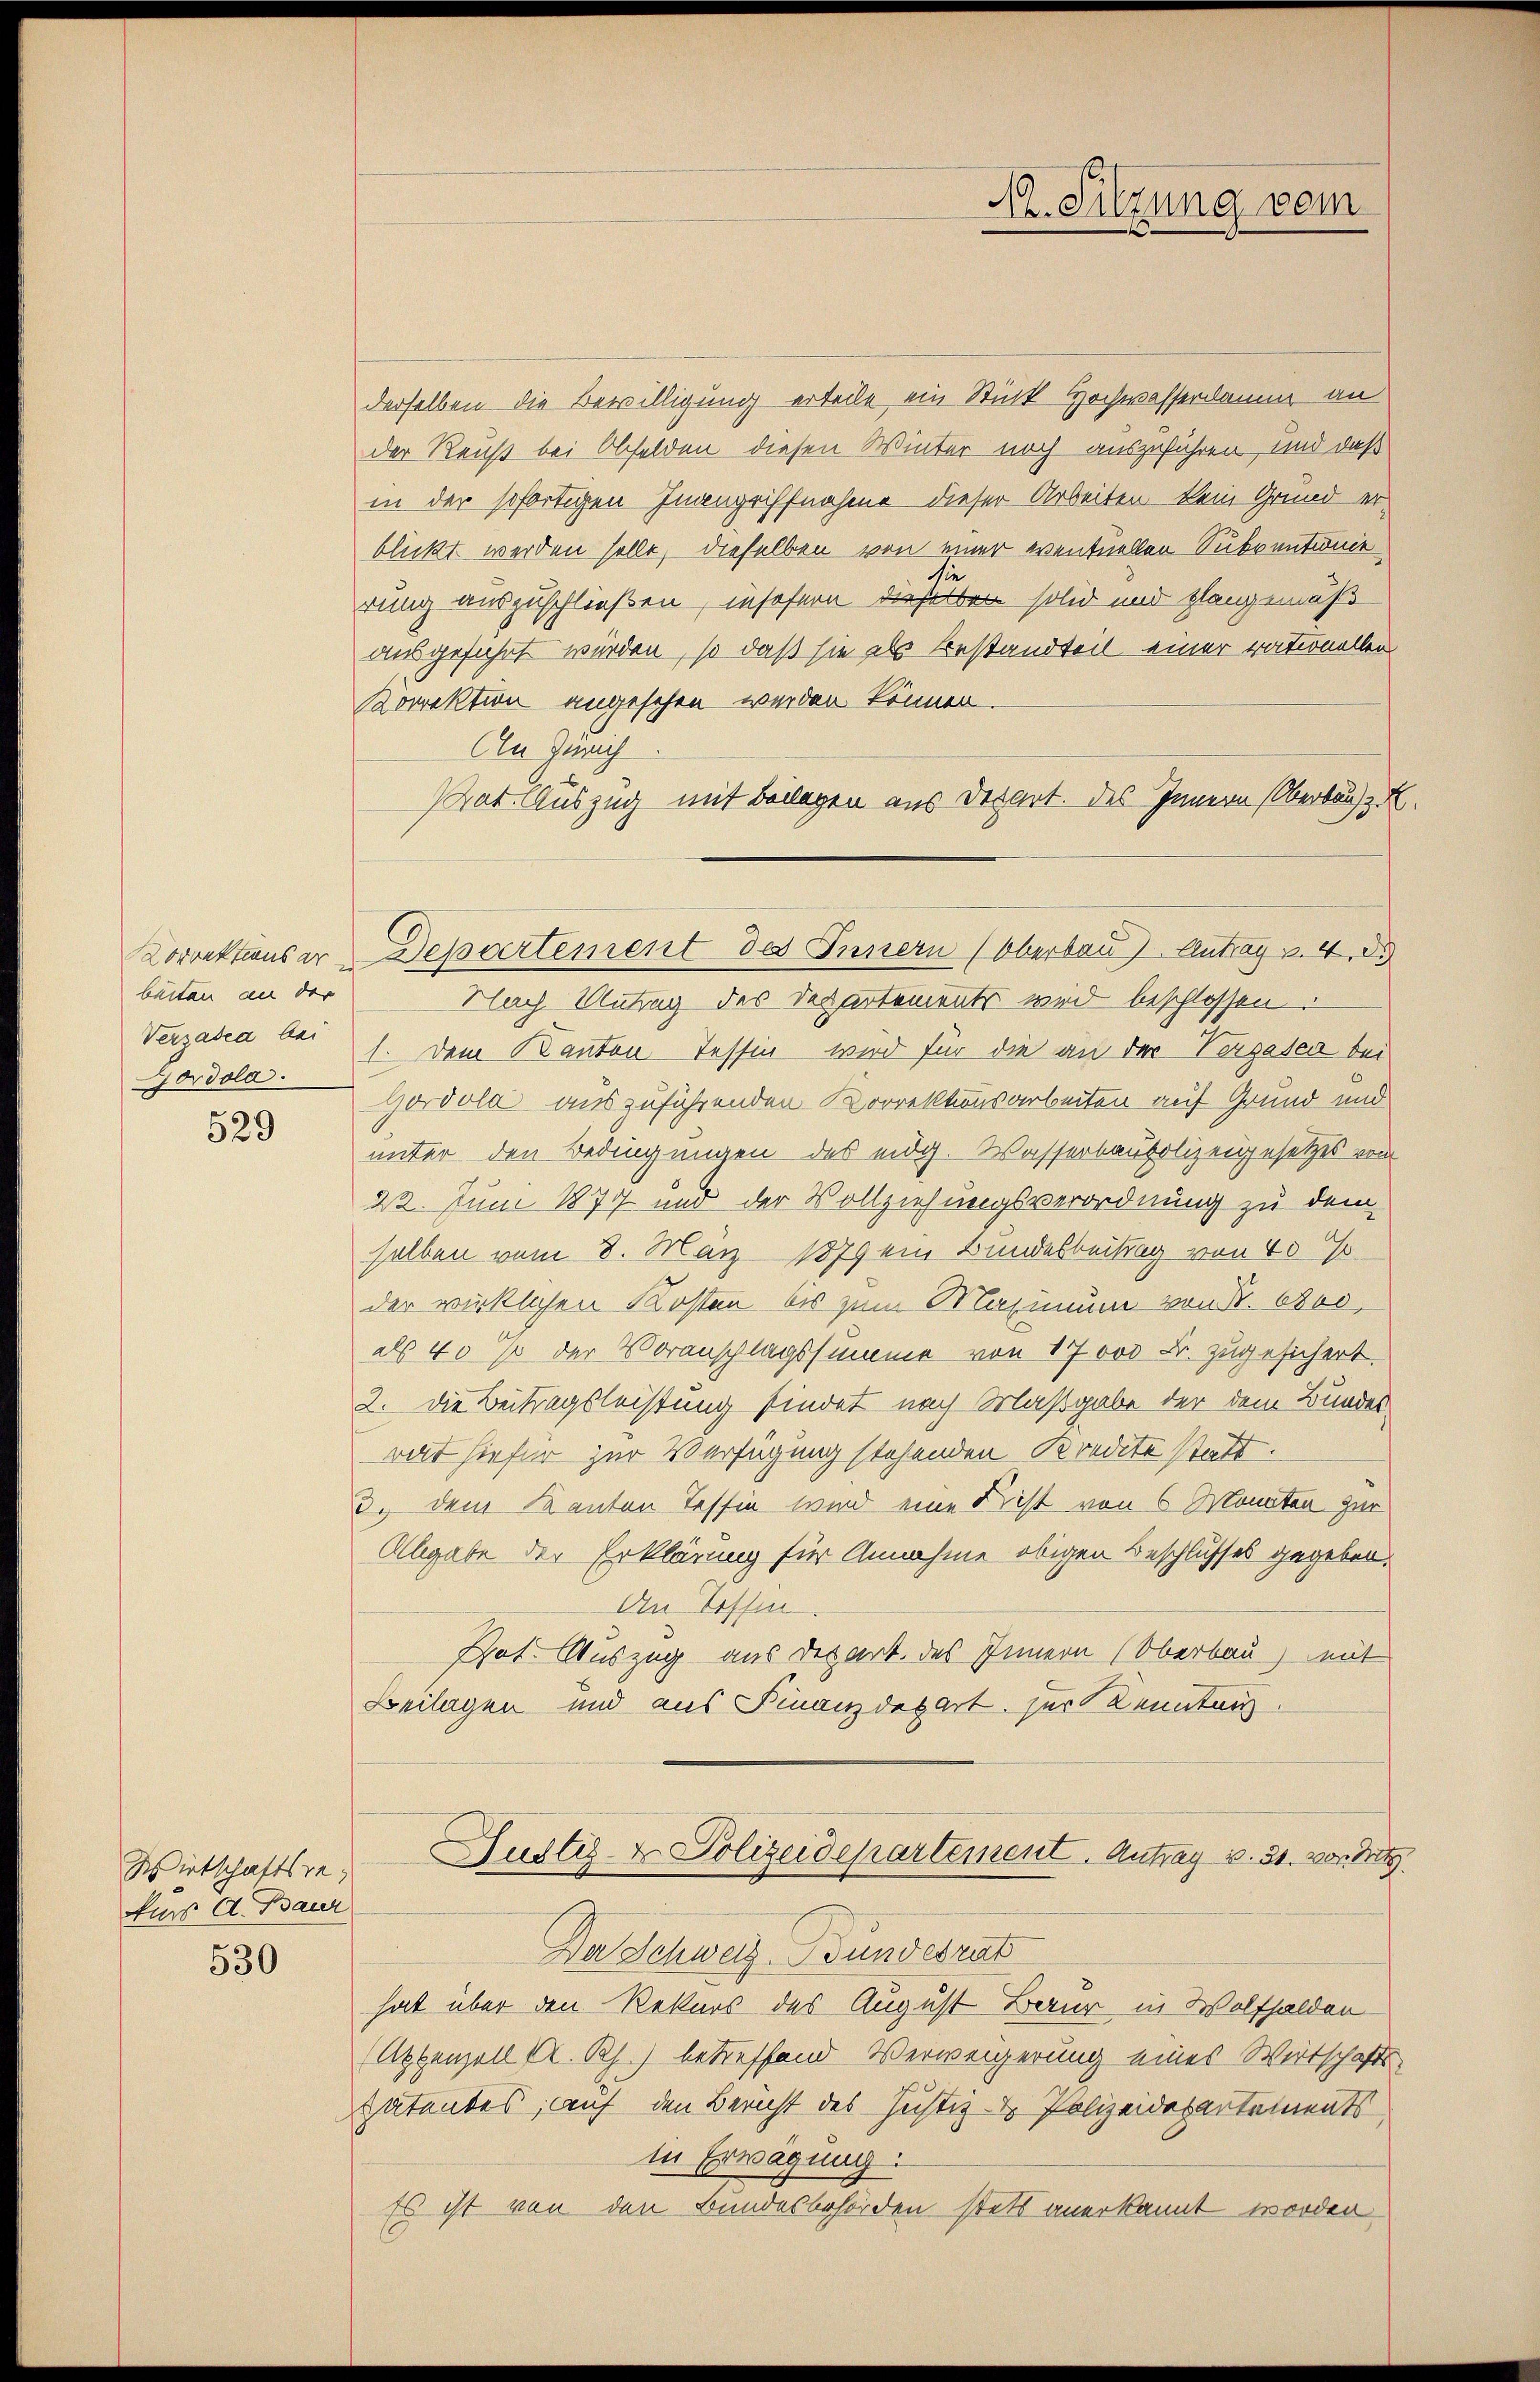
Korrektions er
beiten an der
Verzabea bei

529

Wirtschaftsgefürs A. Baur
530

derselben die Bewilligung erteile ein Stück Hochwasserdamm an
der Reuß bei Obfelden diesen Winter noch auszuführen, und daß
in der sofortigen Inangriffnahme dieser Arbeiten kein Grund er
blickt werden solle, dieselben von einer eventuellen Subventionie
si
rung auszuschließen, insofern dieselben solid und plangemäß
ausgeführt würden, so daß sie als Bestandteil einer rationellen
Korrektion angesehen werden können.
An Zürich
Gat Auszug mit Beilagen aus Depart. des Innern Oberbaus z
Nach Untrag des Departements wird beschlossen.
dola.  Dem Kanton Tessin wird für die an der Vergasea bei
Gordola auszuführenden Korrektionsarbeiten auf Grund und
unter den Bedingungen des eidg. Wasserbaupolizeigesetzes vom
22. Juni 1877 und der Vollziehungsverordnung zu dem
selben vom 8. März 1879 ein Bundesbeitrag von 45 %
der wirklichen Kosten bis zum Maximum von P. Bod
als 40 % der Voranschlagssumme von 17000 Fr. zugesichert.
2. Die Beitragsleistung findet nach Maßgabe der dem Bundes-
wat hiefür zur Verfügung stehenden Kredite statt.
3. dem Kanton Tessin wird eine Frist von 6 Monaten zur
Abgabe der Erklärung für Annahme obigen Beschlusses gegeben.
An Tessin
Got. Auszug aus Depart. des Innern (Oberbau) mit
Beilagen und aus Finanzdepart. zur Kenntag.
Hustiz- & Polizeidepartement. Antrag v. 31. vor d
Da Schweiz. Bundesrat
hat über den Rekurs des August Baur in Wolfhalden
(Appenzell A. Rh.) betreffend Verweigerung eines Wertschafts-
Patentes, auf den Bericht des Justiz- & Polizeidepartements
in Erwägung:
Es ist von den Bundesbehörden stets anerkannt worden.

M. Sitzung vom

Departement des Innern (Oberbau) Antrag v. 4. d.